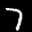
Label: 7